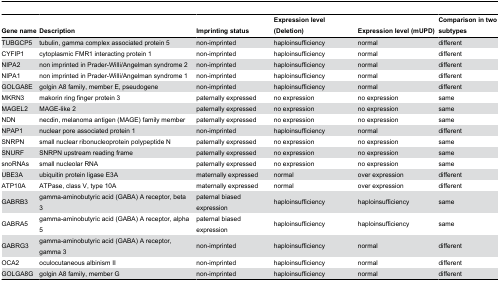
<table><thead><tr><td><b>Gene name </b></td><td><b>Description</b></td><td><b>Imprinting status</b></td><td><b>Expression level (Deletion)</b></td><td><b>Expression level (mUPD)</b></td><td><b>Comparison in two subtypes</b></td></tr></thead><tbody><tr><td>TUBGCP5</td><td>tubulin, gamma complex associated protein 5</td><td>non-imprinted</td><td>haploinsufficiency</td><td>normal</td><td>different</td></tr><tr><td>CYFIP1</td><td>cytoplasmic FMR1 interacting protein 1</td><td>non-imprinted</td><td>haploinsufficiency</td><td>normal</td><td>different</td></tr><tr><td>NIPA2</td><td>non imprinted in Prader-Willi/Angelman syndrome 2</td><td>non-imprinted</td><td>haploinsufficiency</td><td>normal</td><td>different</td></tr><tr><td>NIPA1</td><td>non imprinted in Prader-Willi/Angelman syndrome 1</td><td>non-imprinted</td><td>haploinsufficiency</td><td>normal</td><td>different</td></tr><tr><td>GOLGA8E</td><td>golgin A8 family, member E, pseudogene</td><td>non-imprinted</td><td>haploinsufficiency</td><td>normal</td><td>different</td></tr><tr><td>MKRN3</td><td>makorin ring finger protein 3</td><td>paternally expressed</td><td>no expression</td><td>no expression</td><td>same</td></tr><tr><td>MAGEL2</td><td>MAGE-like 2</td><td>paternally expressed</td><td>no expression</td><td> no expression</td><td>same</td></tr><tr><td>NDN</td><td>necdin, melanoma antigen (MAGE) family member</td><td>paternally expressed</td><td>no expression</td><td>no expression</td><td>same</td></tr><tr><td>NPAP1</td><td>nuclear pore associated protein 1</td><td>non-imprinted</td><td>haploinsufficiency</td><td>normal</td><td>different</td></tr><tr><td>SNRPN</td><td>small nuclear ribonucleoprotein polypeptide N</td><td>paternally expressed</td><td>no expression</td><td>no expression</td><td>same</td></tr><tr><td>SNURF</td><td>SNRPN upstream reading frame</td><td>paternally expressed</td><td>no expression</td><td>no expression</td><td>same</td></tr><tr><td>snoRNAs</td><td>small nucleolar RNA</td><td>paternally expressed</td><td>no expression</td><td>no expression</td><td>same</td></tr><tr><td>UBE3A</td><td>ubiquitin protein ligase E3A</td><td>maternally expressed</td><td>normal</td><td>over expression</td><td>different</td></tr><tr><td>ATP10A</td><td>ATPase, class V, type 10A</td><td>maternally expressed</td><td>normal</td><td>over expression</td><td>different</td></tr><tr><td>GABRB3</td><td>gamma-aminobutyric acid (GABA) A receptor, beta 3</td><td>paternal biased expression</td><td>haploinsufficiency</td><td>haploinsufficiency</td><td>same</td></tr><tr><td>GABRA5</td><td>gamma-aminobutyric acid (GABA) A receptor, alpha 5</td><td>paternal biased expression</td><td>haploinsufficiency</td><td>haploinsufficiency</td><td>same</td></tr><tr><td>GABRG3</td><td>gamma-aminobutyric acid (GABA) A receptor, gamma 3</td><td>non-imprinted</td><td>haploinsufficiency</td><td>normal</td><td>different</td></tr><tr><td>OCA2</td><td>oculocutaneous albinism II</td><td>non-imprinted</td><td>haploinsufficiency</td><td>normal</td><td>different</td></tr><tr><td>GOLGA8G</td><td>golgin A8 family, member G</td><td>non-imprinted</td><td>haploinsufficiency</td><td>normal</td><td>different</td></tr></tbody></table>